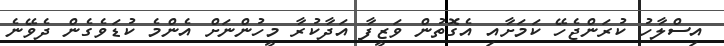
އިސްލާހު ކުރަންޖެހޭ ކަމަށާއި އެގޮތުން ވަޒީފާ އަދާކުރާ މީހުންނަށް އެންމެ ކުޑަވެގެން ދެވޭނެ